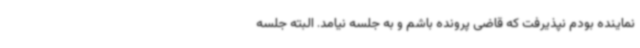
نماینده بودم نپذیرفت که قاضی پرونده باشم و به جلسه نیامد. البته جلسه